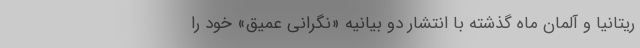
ریتانیا و آلمان ماه گذشته با انتشار دو بیانیه «نگرانی عمیق» خود را